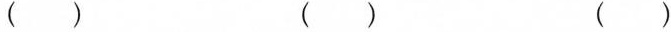
( ) ( ) ( )